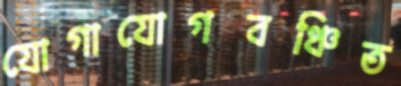
যোগাযোগবঞ্চিত